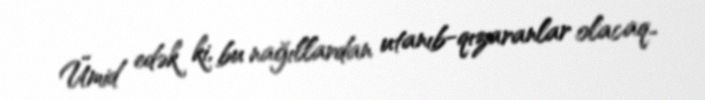
Ümid edək ki, bu nağıllardan utanıb-qızaranlar olacaq..